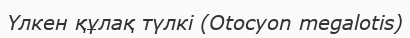
Үлкен құлақ түлкі (Otocyon megalotis)